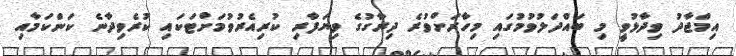
އިމްޖާދު ވިދާޅުވީ މި ބައްދަލުވުމުގައި މިހާރަށްވުރެ ދިރާގުގެ ވިޔަފާރި ކުރިއެރުވުމަށްޓަކައި ކުރެވިދާނެ ކަންކަމާއި